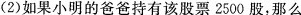
(2)如果小明的爸爸持有该股票2500股，那么